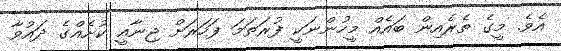
އެވެ. މީގެ ތެރެއިން ބައެއް މީހުންނަކީ ފުރަތަމަ ފަހަރަށް ޖިނާއީ ކުށެއްގެ ދައުވާ